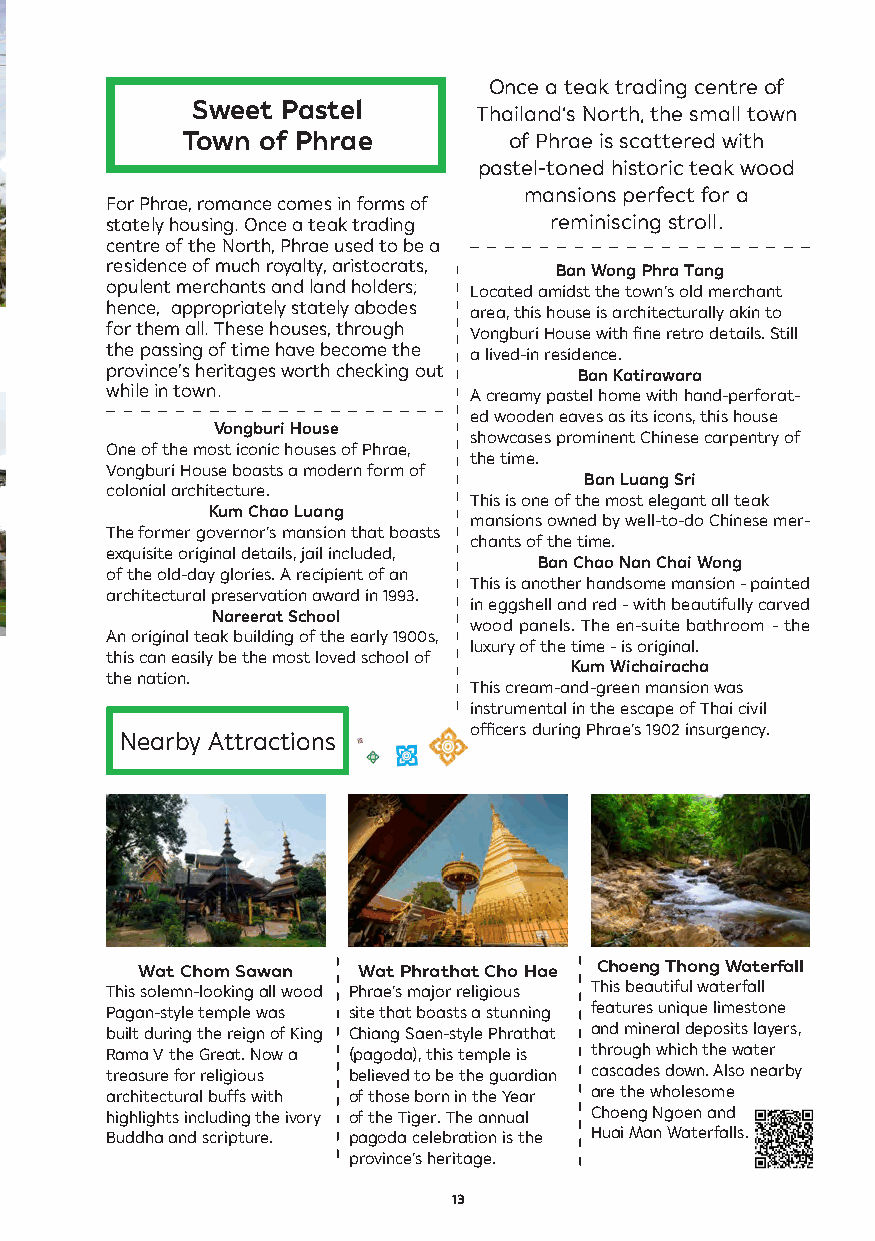
Once a teak trading centre of
 Sweet Pastel      Thailand’s North, the small town
 Town of Phrae         of Phrae is scattered with
 pastel-toned historic teak wood
 mansions perfect for a
 For Phrae, romance comes in forms of
 stately housing. Once a teak trading reminiscing stroll.
 centre of the North, Phrae used to be a
 residence of much royalty, aristocrats, Ban Wong Phra Tang
 opulent merchants and land holders; Located amidst the town’s old merchant
 hence, appropriately stately abodes area, this house is architecturally akin to
 for them all. These houses, through Vongburi House with fine retro details. Still
 the passing of time have become the a lived-in residence.
 province’s heritages worth checking out Ban Katirawara
 while in town.          A creamy pastel home with hand-perforat-
 ed wooden eaves as its icons, this house
 Vongburi House
 showcases prominent Chinese carpentry of
 One of the most iconic houses of Phrae,
 the time.
 Vongburi House boasts a modern form of
 Ban Luang Sri
 colonial architecture.
 This is one of the most elegant all teak
 Kum Chao Luang
 mansions owned by well-to-do Chinese mer-
 The former governor’s mansion that boasts
 chants of the time.
 exquisite original details, jail included,
 Ban Chao Nan Chai Wong
 of the old-day glories. A recipient of an
 This is another handsome mansion - painted
 architectural preservation award in 1993.
 in eggshell and red - with beautifully carved
 Nareerat School
 wood panels. The en-suite bathroom - the
 An original teak building of the early 1900s,
 luxury of the time - is original.
 this can easily be the most loved school of
 Kum Wichairacha
 the nation.
 This cream-and-green mansion was
 instrumental in the escape of Thai civil
 officers during Phrae’s 1902 insurgency.
 Nearby Attractions
 Wat Chom Sawan Wat Phrathat Cho Hae Choeng Thong Waterfall
 This solemn-looking all wood Phrae’s major religious This beautiful waterfall
 Pagan-style temple was site that boasts a stunning features unique limestone
 built during the reign of King Chiang Saen-style Phrathat and mineral deposits layers,
 Rama V the Great. Now a (pagoda), this temple is through which the water
 treasure for religious believed to be the guardian cascades down. Also nearby
 architectural buffs with of those born in the Year are the wholesome
 highlights including the ivory of the Tiger. The annual Choeng Ngoen and
 Buddha and scripture. pagoda celebration is the Huai Man Waterfalls.
 province’s heritage.
 13